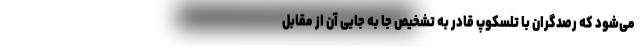
می‌شود که رصدگران با تلسکوپ قادر به تشخیص جا به جایی آن از مقابل